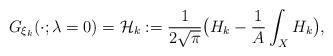
LaTeX: \begin{align*}G_{\xi_k}(\cdot; \lambda=0)={\cal H}_k:=\frac{1}{2\sqrt{\pi}}\big(H_k-\frac{1}{A}\int_XH_k\big), \end{align*}